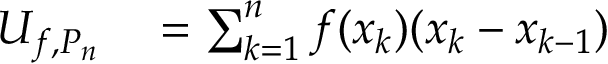
\begin{array} { r l } { U _ { f , P _ { n } } } & { { } = \sum _ { k = 1 } ^ { n } f ( x _ { k } ) ( x _ { k } - x _ { k - 1 } ) } \end{array}